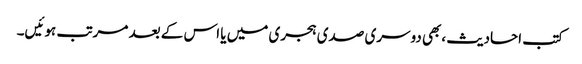
کتب احادیث ،بھی دوسری صدی ہجری میں یا اس کے بعد مرتب ہوئیں۔